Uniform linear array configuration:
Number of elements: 4
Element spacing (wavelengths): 0.75
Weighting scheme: blackman
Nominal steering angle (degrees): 15
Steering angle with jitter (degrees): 14.566
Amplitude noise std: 0.05
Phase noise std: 0.05

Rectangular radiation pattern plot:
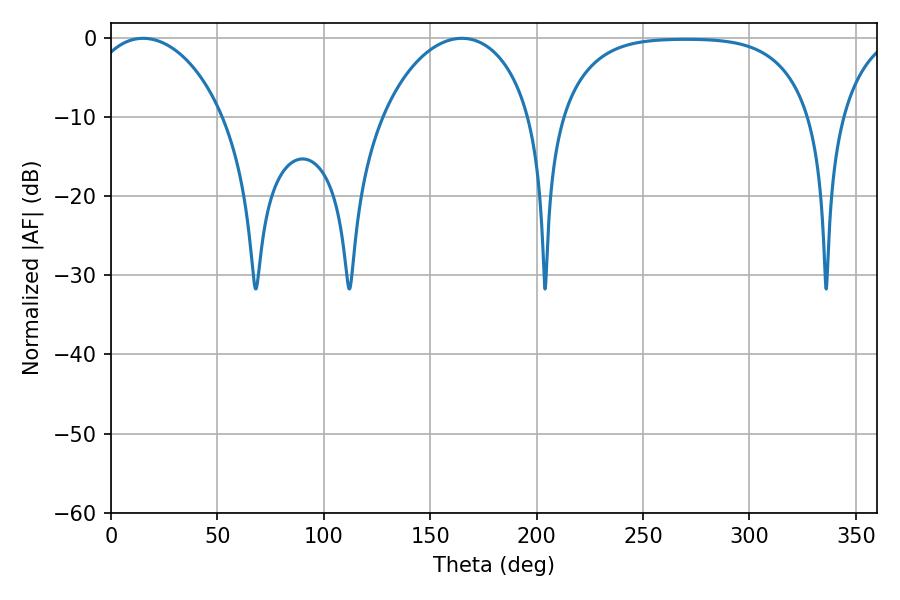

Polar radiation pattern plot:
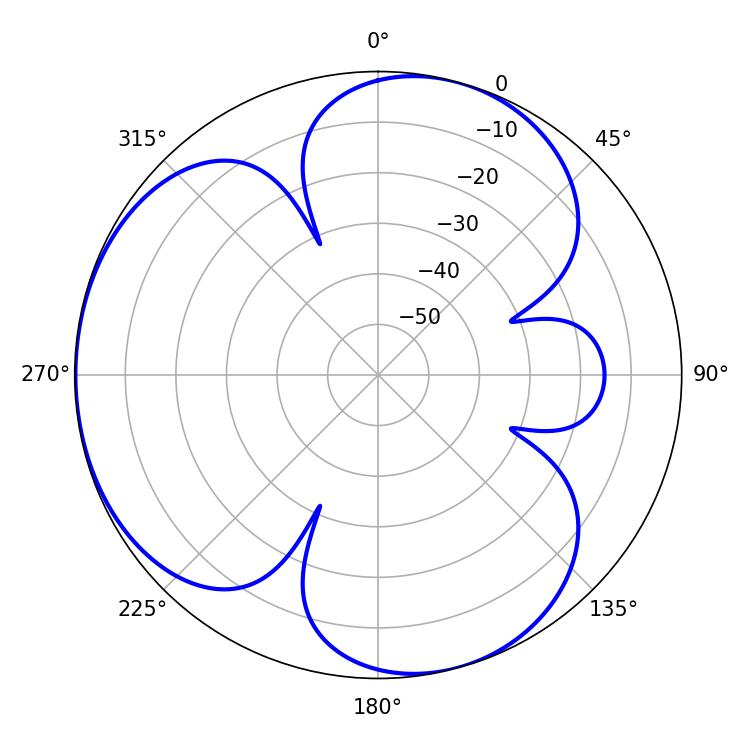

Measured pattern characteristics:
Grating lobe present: TRUE
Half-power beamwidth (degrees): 36.36
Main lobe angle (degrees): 15.12